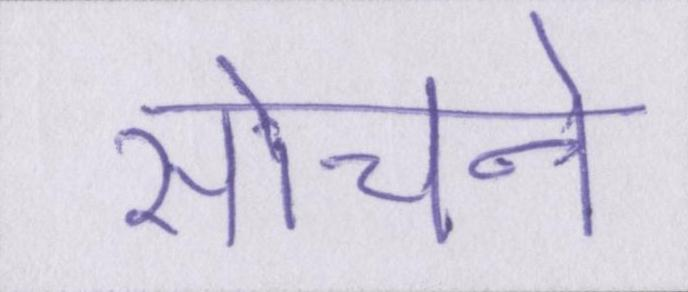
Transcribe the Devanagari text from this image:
सोचने